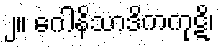
၂။ ဂေါနိသာဒိကကုဋိ၊